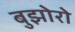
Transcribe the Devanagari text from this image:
बुझोरो